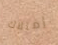
إمتلاك